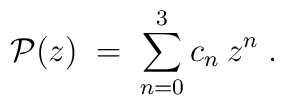
{\cal{P}}(z) \;=\; \sum_{n=0}^3 c_n\: z^n \;.